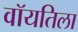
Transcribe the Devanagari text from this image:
वॉयतिला